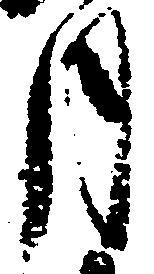
月